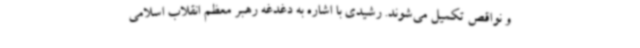
و نواقص تکمیل می‌شوند. رشیدی با اشاره به دغدغه رهبر معظم انقلاب اسلامی